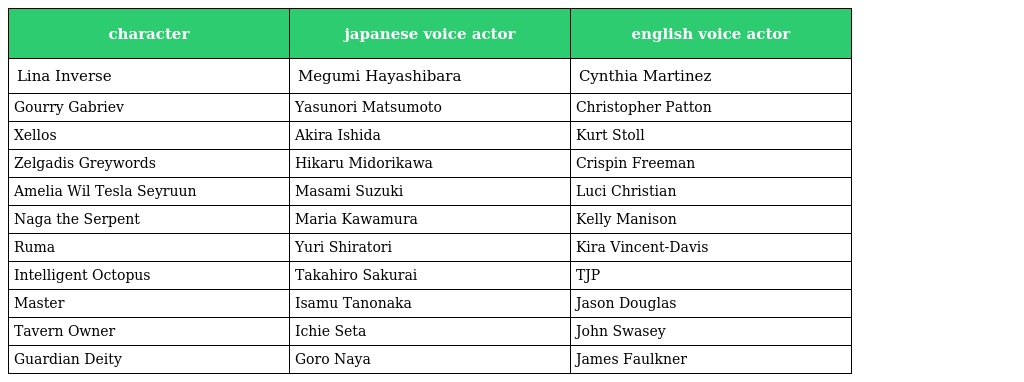
| character | japanese voice actor | english voice actor |
 | --- | --- | --- |
 | Lina Inverse | Megumi Hayashibara | Cynthia Martinez |
 | Gourry Gabriev | Yasunori Matsumoto | Christopher Patton |
 | Xellos | Akira Ishida | Kurt Stoll |
 | Zelgadis Greywords | Hikaru Midorikawa | Crispin Freeman |
 | Amelia Wil Tesla Seyruun | Masami Suzuki | Luci Christian |
 | Naga the Serpent | Maria Kawamura | Kelly Manison |
 | Ruma | Yuri Shiratori | Kira Vincent-Davis |
 | Intelligent Octopus | Takahiro Sakurai | TJP |
 | Master | Isamu Tanonaka | Jason Douglas |
 | Tavern Owner | Ichie Seta | John Swasey |
 | Guardian Deity | Goro Naya | James Faulkner |